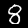
Digit: 8